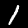
Label: 1